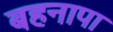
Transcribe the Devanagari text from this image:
बहनापा